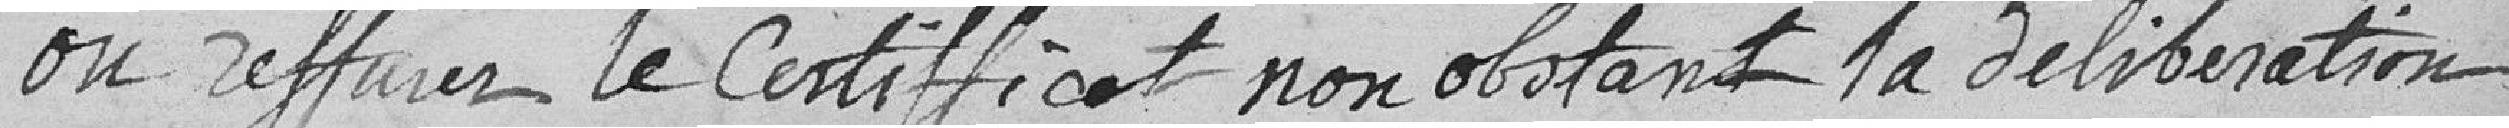
ou refuser le certificat nonobstant la délibération